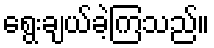
ရွေးချယ်ခဲ့ကြသည်။